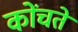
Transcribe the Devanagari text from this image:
कोंचते